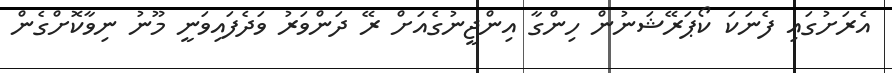
އެރަށުގައި ފެނަކަ ކޯޕަރޭޝަނުން ހިންގާ އިންޖީނުގެއަށް ރޭ ދަންވަރު ވަދެފައިވަނީ މޫނު ނިވާކޮށްގެން